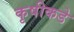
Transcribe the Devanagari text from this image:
कृषीकडे